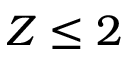
Z \leq 2